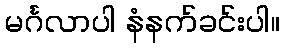
မင်္ဂလာပါ နံနက်ခင်းပါ။